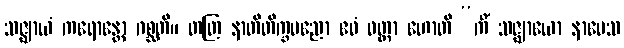
သဇ္ဈာယံ ကရောန္တော ဂစ္ဆတိ။ တတြ နာတိတိက္ခပညော ဧဝံ ဝတ္တာ ဟောတိ “ကိံ သဇ္ဈာယော နာမေသ